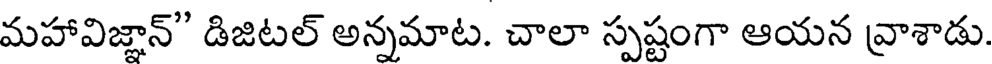
మహావిజ్ఞాన్" డిజిటల్ అన్నమాట. చాలా స్పష్టంగా ఆయన వ్రాశాడు.